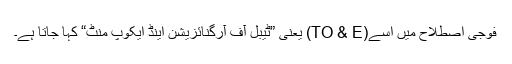
فوجی اصطلاح میں اسے(TO & E) یعنی ”ٹیبل آف آرگنائزیشن اینڈ ایکوپ منٹ“ کہا جاتا ہے۔